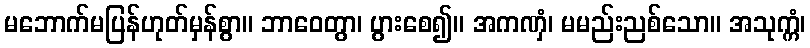
မဘောက်မပြန်ဟုတ်မှန်စွာ။ ဘာဝေတွာ၊ ပွားစေ၍။ အကဏှံ၊ မမည်းညစ်သော။ အသုက္ကံ၊